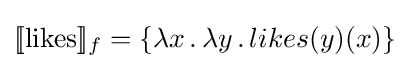
[\![{\text{likes}}]\!]_{f}=\{\lambda x\,.\,\lambda y\,.\,likes(y)(x)\}